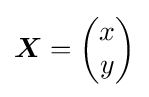
{\boldsymbol {X}}={\begin{pmatrix}x\\y\end{pmatrix}}